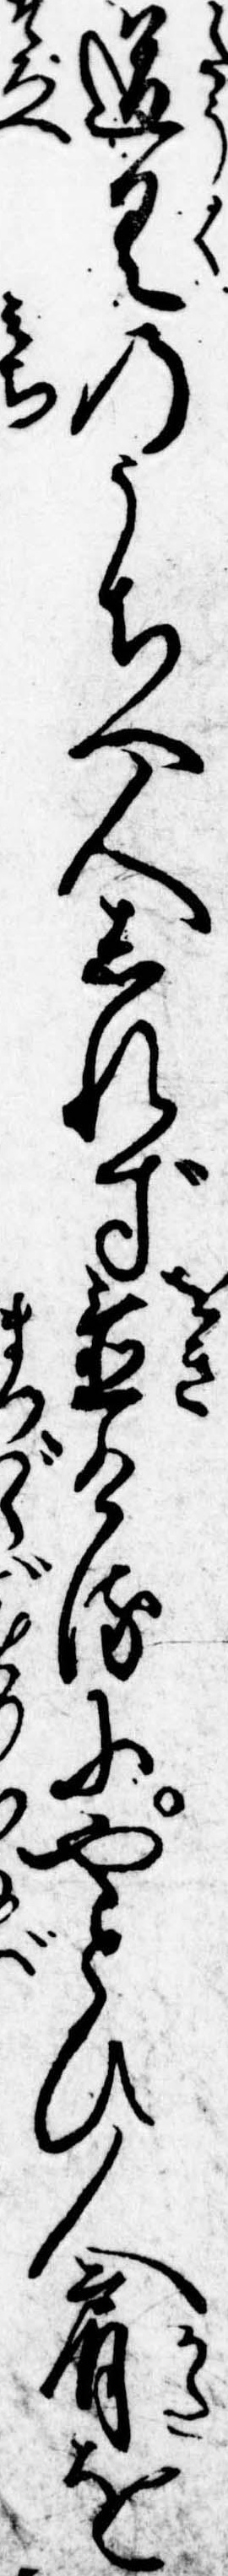
道具のうちへ人しれず置けるにやとひ人肩を